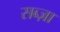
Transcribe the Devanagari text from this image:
सब्ज़ा